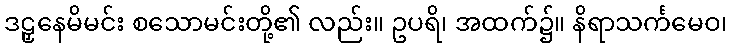
ဒဠှနေမိမင်း စသောမင်းတို့၏ လည်း။ ဥပရိ၊ အထက်၌။ နိရာသင်္ကမေဝ၊